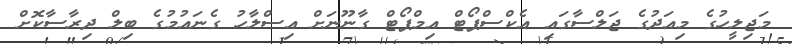
މަޖިލީހުގެ މިއަދުގެ ޖަލްސާގައި އެކްސްޕޯޓް އިމްޕޯޓް ގާނޫނަށް އިސްލާހު ގެނައުމުގެ ބިލް ދިރާސާކޮށް